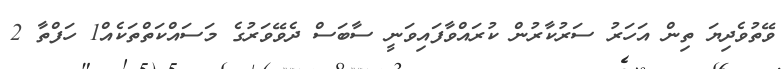
ވޭތުވެދިޔަ ތިން އަހަރު ސަރުކާރުން ކުރައްވާފައިވަނީ ސާބަސް ދެވޭވަރުގެ މަސައްކަތްތަކެއް1 ހަފްތާ 2